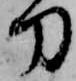
刀